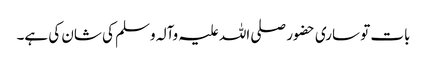
بات تو ساری حضور صلی اللہ علیہ وآلہ وسلم کی شان کی ہے۔